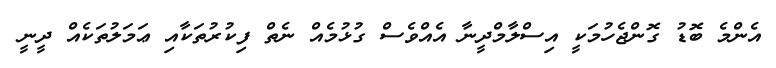
އެންމެ ބޮޑު ގޮންޖެހުމަކީ އިސްލާމްދީނާ އެއްވެސް ގުޅުމެއް ނެތް ފިކުރުތަކާއި ޢަމަލުތަކެއް ދީނީ